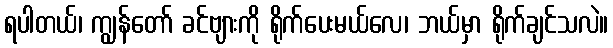
ရပါတယ်၊ ကျွန်တော် ခင်ဗျားကို ရိုက်ပေးမယ်လေ၊ ဘယ်မှာ ရိုက်ချင်သလဲ။